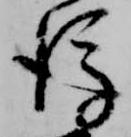
後